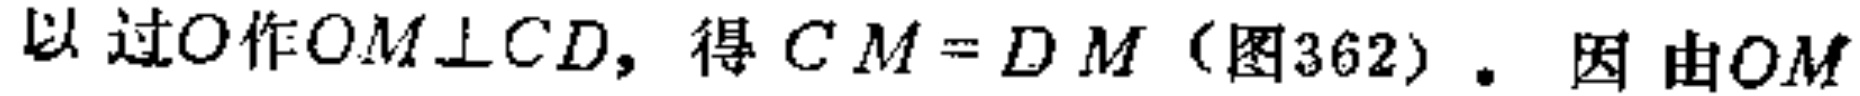
以过\(O\)作\(OM\perp CD\)，得\(CM = DM\)（图362）。因 由\(OM\)